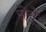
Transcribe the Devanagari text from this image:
सेरों